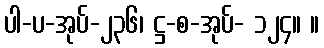
ပါ-ပ-အုပ်-၂၃၆၊ ဋ္ဌ-စ-အုပ်- ၁၂၄။ ။